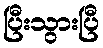
ပြီးသွားပြီ